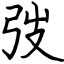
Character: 弢